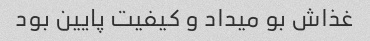
غذاش بو میداد و کیفیت پایین بود